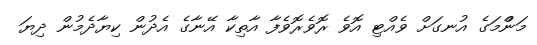
މަންްމަގެ އުނގަށް ވެއްޓި އޮވެ ރޮވެެރޮވެފާ އާތިކާ އޭނާގެ އެދުން ކިޔާދެމުން ދިޔަ